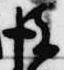
彼